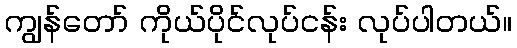
ကျွန်တော် ကိုယ်ပိုင်လုပ်ငန်း လုပ်ပါတယ်။